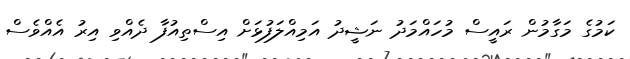
ކަމުގެ މަގާމުން ރައީސް މުހައްމަދު ނަޝީދު އަމިއްލަފުޅަށް އިސްތިއުފާ ދެއްވި އިރު އެއްވެސް